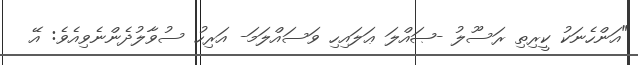
"އަންހެނަކު ކީރިތި ރަސޫލު -ޞައްލަ ޢަލައިހި ވަސައްލަމަ- އަރިހު ސުވާލުދެންނެވިއެވެ: އޭ